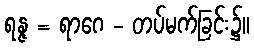
ရန္ဇ = ရာဂေ - တပ်မက်ခြင်း၌။